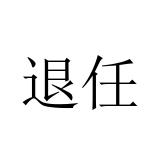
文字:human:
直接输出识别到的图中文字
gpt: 退任